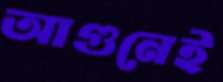
আগুনেই